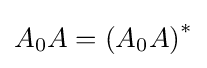
A_{0}A=\left(A_{0}A\right)^{*}